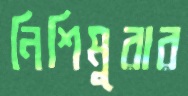
নিশিমুরার